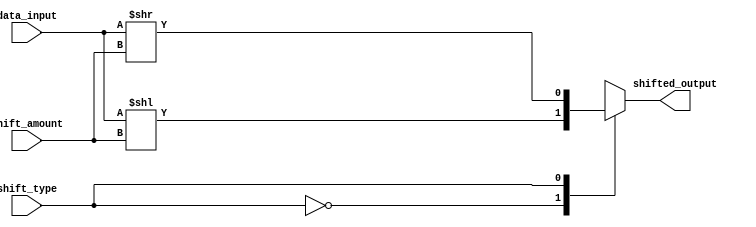
module barrel_shifter (
    input data_input,
    input shift_amount,
    input shift_type,
    output reg shifted_output
);

always @(*) begin
    case(shift_type)
        2'b00: shifted_output = data_input << shift_amount; // logical left shift
        2'b01: shifted_output = data_input >> shift_amount; // logical right shift
        2'b10: shifted_output = $signed(data_input) >>> shift_amount; // arithmetic right shift with sign extension
        default: shifted_output = data_input; // no shift
    endcase
end

endmodule